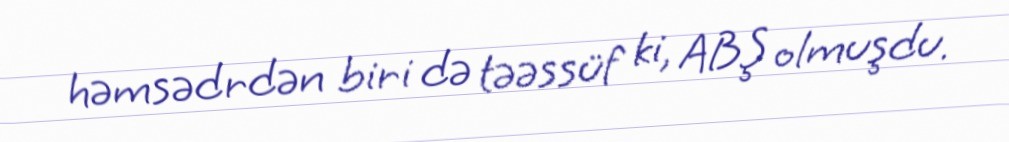
həmsədrdən biri də təəssüf ki, ABŞ olmuşdu.